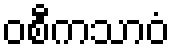
ဝစီကသာဝံ